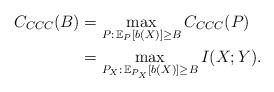
LaTeX: \begin{align*}C_{CCC}(B) &= \max_{P : \, \mathbb{E}_{P}[b(X)] \ge B} C_{CCC}(P) \\&= \max_{P_X : \, \mathbb{E}_{P_X}[b(X)] \ge B} I(X;Y) .\end{align*}